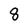
Character: 8